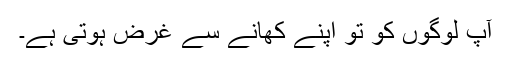
آپ لوگوں کو تو اپنے کھانے سے غرض ہوتی ہے۔